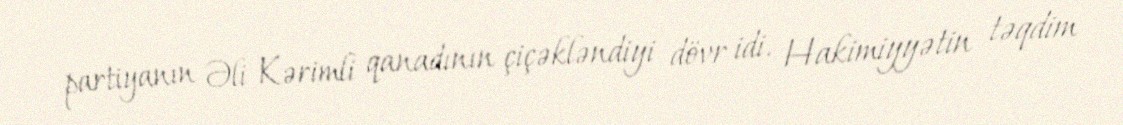
partiyanın Əli Kərimli qanadının çiçəkləndiyi dövr idi. Hakimiyyətin təqdim